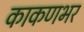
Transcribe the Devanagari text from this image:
काकणभर